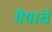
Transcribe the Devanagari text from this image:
मैयाचे